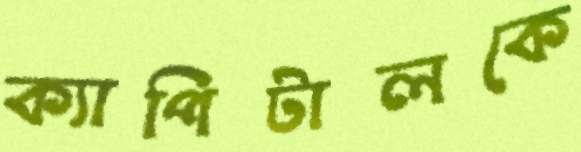
ক্যাপিটালকে